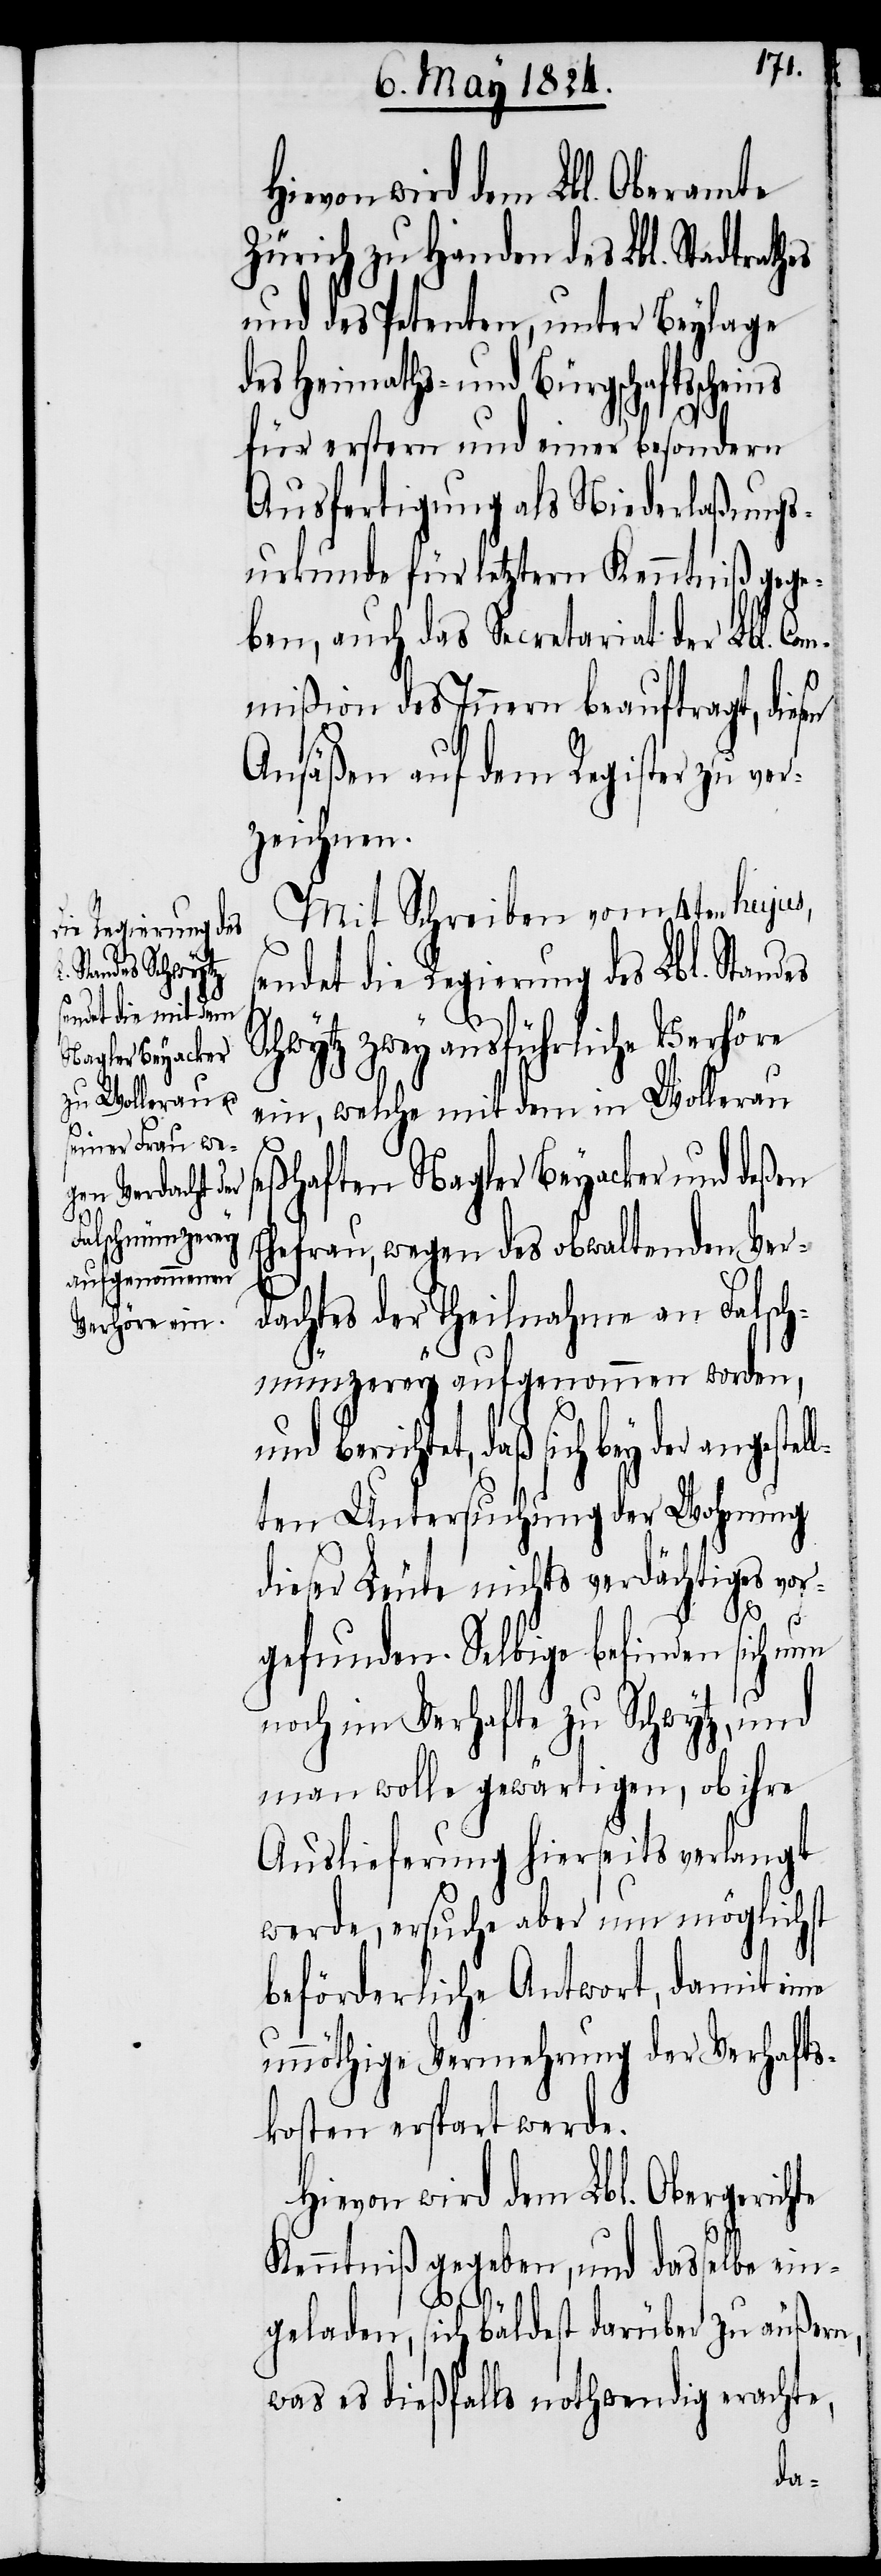
Hievon wird dem Lbl. Oberamte
Zürich zu Handen des Lbl. Stadtrat¬
und des Petenten, unter Beylage
es Heimaths- und Bürgschaftssche¬
für erstern und einer besondern
Ausfertigung als Niederlaßungs¬
urkunde für letztern Kenntniß gege¬
ben, auch das Secretariat der Lbl. Co¬
mmißion des Innern beauftragt, diesen
Ansäßen auf dem Register zu ver¬
zeichnen.
Mit Schreiben vom 4ten hujus,
sendet die Regierung des Lbl. Standes
ins
Schwytz zwey ausführliche Verhöre
ein, welche mit dem in Wollerau
seßhaften Nagler Beyacker und deßen
Ehefrau, wegen des obwaltenden Ver¬
dachtes der Theilnahme an Falsch¬
münzerey aufgenommen worden,
bey der angestell¬
ten Untersuchung der Wohnung
dieser Leute nichts verdächtiges vor¬
d¬
gefunden. Selbige befinden sich nun
noch im Verhafte zu Schwytz, und
man wolle gewärtigen, ob ihre
Auslieferung hierseits verlangt
werde, ersuche aber um möglichst
beförderliche Antwort, damit eine
unnöthige Vermehrung der Verhafts¬
kosten erspart werde.
Hievon wird dem Lbl. Obergerichte
Kenntniß gegeben, und dasselbe ein¬
geladen, sich bäldest darüber zu äußern,
was es dießfalls nothwendig erachte,